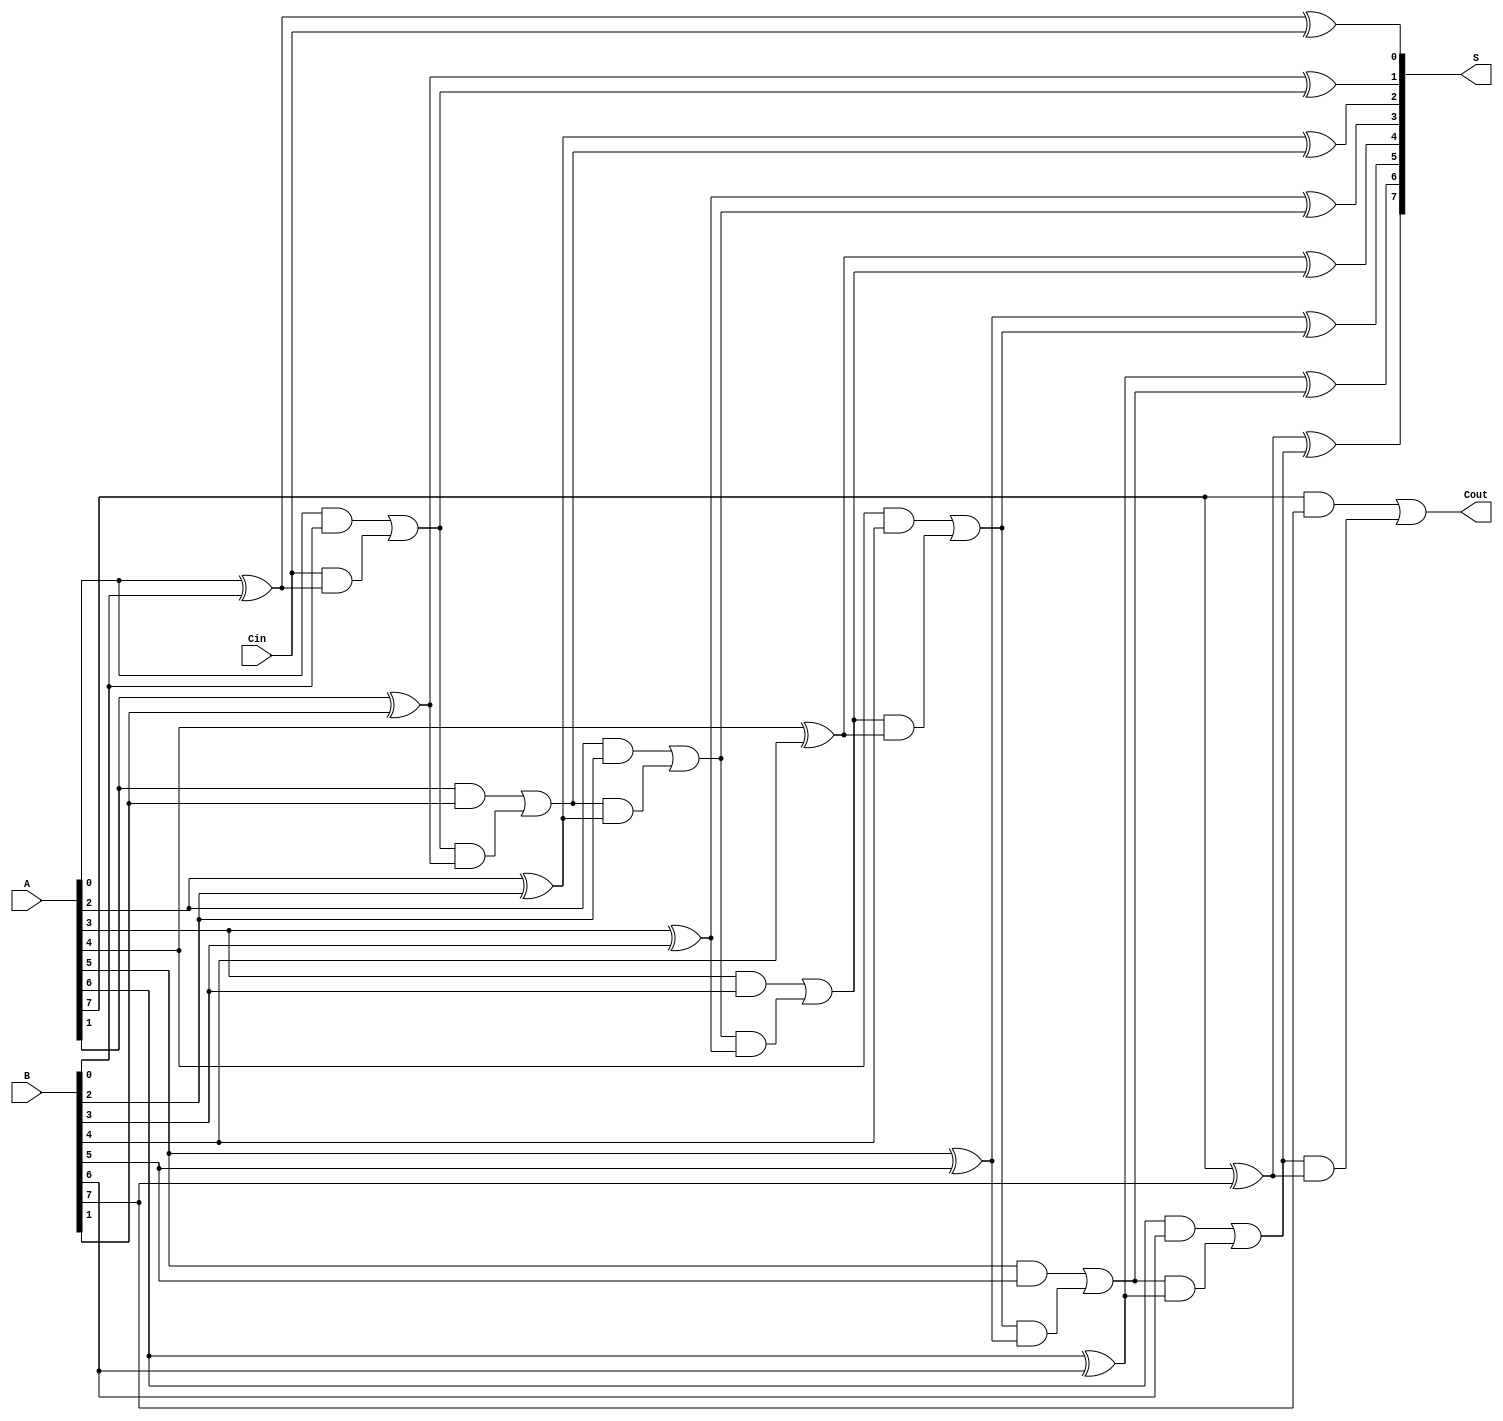
module ManchesterCarryChainAdder #(parameter N = 8) (
    input  wire [N-1:0] A,     // First n-bit input
    input  wire [N-1:0] B,     // Second n-bit input
    input  wire Cin,            // Carry-in input
    output wire [N-1:0] S,      // n-bit sum output
    output wire Cout            // Carry-out output
);

    wire [N:0] C; // Carry array, C[0] is Cin, C[N] is Cout

    // Assign the first carry
    assign C[0] = Cin;

    // Generate carry and sum for each bit
    genvar i;
    generate
        for (i = 0; i < N; i = i + 1) begin : carry_sum
            // Carry generation
            assign C[i + 1] = (A[i] & B[i]) | (C[i] & (A[i] ^ B[i]));
            // Sum calculation
            assign S[i] = A[i] ^ B[i] ^ C[i];
        end
    endgenerate

    // Final carry-out
    assign Cout = C[N];

endmodule